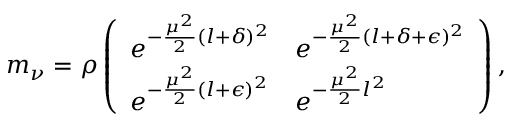
m _ { \nu } = \rho \left( \begin{array} { l l } { { e ^ { - \frac { \mu ^ { 2 } } { 2 } ( l + \delta ) ^ { 2 } } } } & { { e ^ { - \frac { \mu ^ { 2 } } { 2 } ( l + \delta + \epsilon ) ^ { 2 } } } } \\ { { e ^ { - \frac { \mu ^ { 2 } } { 2 } ( l + \epsilon ) ^ { 2 } } } } & { { e ^ { - \frac { \mu ^ { 2 } } { 2 } l ^ { 2 } } } } \end{array} \right) ,